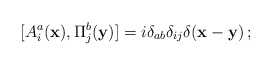
\begin{align*}[A^a_i({\bf x}), \Pi^b_j({\bf y})] =i\delta_{ab}\delta_{ij}\delta({\bf x-y})\,;\end{align*}